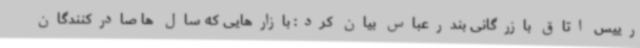
رییس اتاق بازرگانی بندرعباس بیان کرد: بازارهایی که سال ها صادرکنندگان